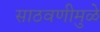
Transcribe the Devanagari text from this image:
साठवणीमुळे